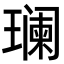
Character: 𬎑